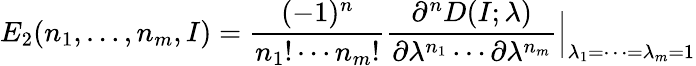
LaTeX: E_{2}(n_{1},\ldots,n_{m},I)={\frac{(-1)^{n}}{n_{1}!\cdots n_{m}!}}{\frac{\partial^{n}D(I;\lambda)}{\partial\lambda^{n_{1}}\cdots\partial\lambda^{n_{m}}}}\Bigr\vert_{\lambda_{1}=\cdots=\lambda_{m}=1}